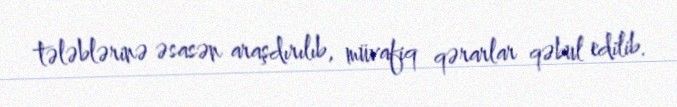
tələblərinə əsasən araşdırılıb, müvafiq qərarlar qəbul edilib.